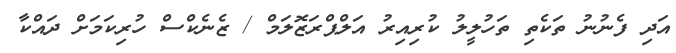
އަދި ފެނުނު ތަކެތި ތަހުލީލު ކުރިއިރު އަލްޕްރަޒޮލަމް / ޒެނެކްސް ހުރިކަމަށް ދައްކާ